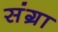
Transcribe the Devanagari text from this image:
संग्रा